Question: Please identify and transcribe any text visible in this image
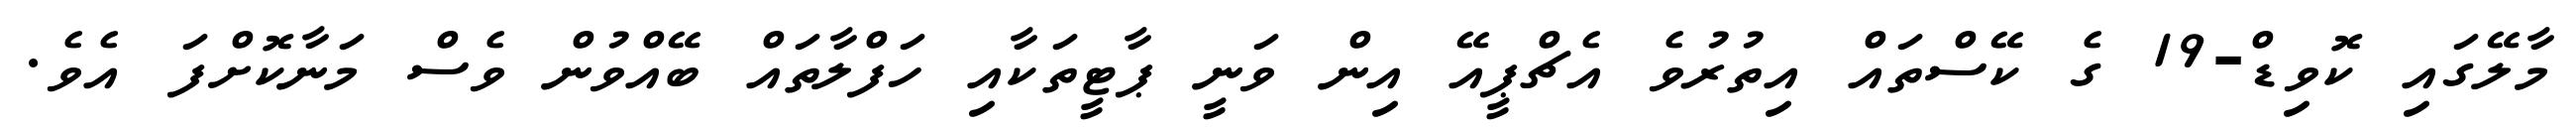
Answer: މާލޭގައި ކޮވިޑް-19 ގެ ކޭސްތައް އިތުރުވެ އެޗްޕީއޭ އިން ވަނީ ޕާޓީތަކާއި ހަފްލާތައް ބޭއްވުން ވެސް މަނާކޮށްފަ އެވެ.